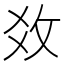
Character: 𢼂